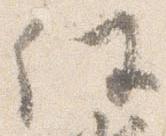
任